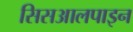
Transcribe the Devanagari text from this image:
सिसआलपाइन